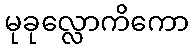
မုခုလ္လောကိကော